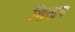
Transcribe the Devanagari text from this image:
शिखन